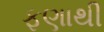
ફણાથી